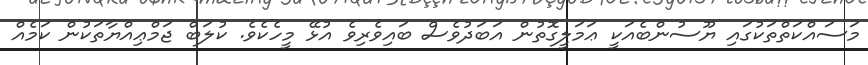
މަސައްކަތްތަކުގައި ޔޫސުންބެއަކީ ޢަމަލީގޮތުން އަބަދުވެސް ބައިވެރިވެ އުޅޭ މީހެކެވެ. ކުލަބް ޖަމްޢިއްޔާތަކުން ކަމެއް